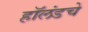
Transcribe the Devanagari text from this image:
हॉलंडचे